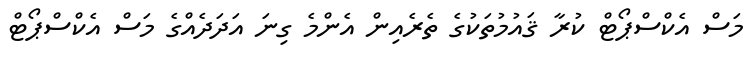
މަސް އެކްސްޕޯޓް ކުރާ ޤައުމުތަކުގެ ތެރެއިން އެންމެ ގިނަ އަދަދެއްގެ މަސް އެކްސްޕޯޓް